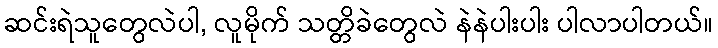
ဆင်းရဲသူတွေလဲပါ, လူမိုက် သတ္တိခဲတွေလဲ နဲနဲပါးပါး ပါလာပါတယ်။